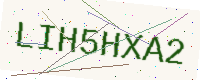
Text: LIH5HXA2